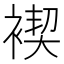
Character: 褉